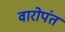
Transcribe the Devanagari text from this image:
वारोपंत